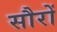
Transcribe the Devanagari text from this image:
सौरों